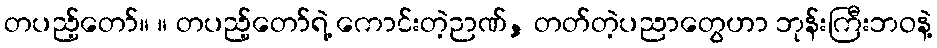
တပည့်တော်။ ။ တပည့်တော်ရဲ့ ကောင်းတဲ့ဉာဏ်, တတ်တဲ့ပညာတွေဟာ ဘုန်းကြီးဘဝနဲ့